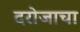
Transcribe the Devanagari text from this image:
दरोजाचा